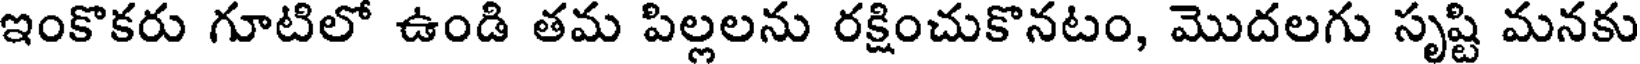
ఇంకొకరు గూటిలో ఉండి తమ పిల్లలను రక్షించుకొనటం, మొదలగు సృష్టి మనకు